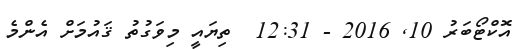
އޮކްޓޯބަރު 10